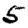
Digit: 5